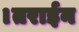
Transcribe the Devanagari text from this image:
।तराईन